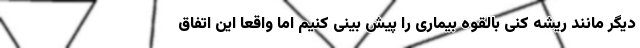
دیگر مانند ریشه کنی بالقوه بیماری را پیش بینی کنیم اما واقعا این اتفاق